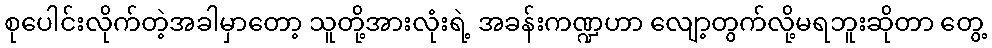
စုပေါင်းလိုက်တဲ့အခါမှာတော့ သူတို့အားလုံးရဲ့ အခန်းကဏ္ဍဟာ လျော့တွက်လို့မရဘူးဆိုတာ တွေ့